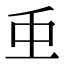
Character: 𮓱